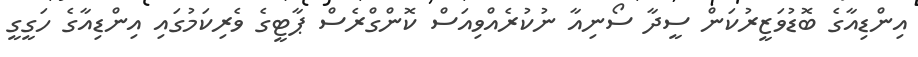
އިންޑިއާގެ ބޮޑުވަޒީރުކަން ސީދާ ސޯނިއާ ނުކުރެއްވިއަސް ކޮންގްރެސް ޕާޓީގެ ވެރިކަމުގައި އިންޑިއާގެ ހަގީގީ